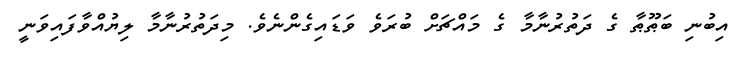
އިބުނި ބަޠޫޠާ ގެ ދަތުރުނާމާ ގެ މައްޗަށް ބުރަވެ ވަޑައިގެންނެވެ. މިދަތުރުނާމާ ލިޔުއްވާފައިވަނީ